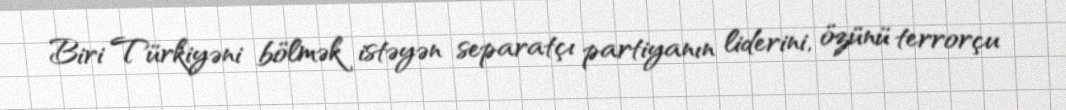
Biri Türkiyəni bölmək istəyən separatçı partiyanın liderini, özünü terrorçu